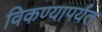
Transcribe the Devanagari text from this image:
विकण्यापर्यंत